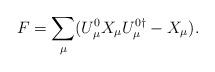
LaTeX: \begin{align*}F=\sum_\mu (U_\mu^0 X_\mu U_\mu^{0\dagger}-X_\mu).\end{align*}